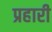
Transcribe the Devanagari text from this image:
प्रहारी